Annual report on the working of the mental hospitals in the Madras Presidency - 1912-1932
Year: 1912
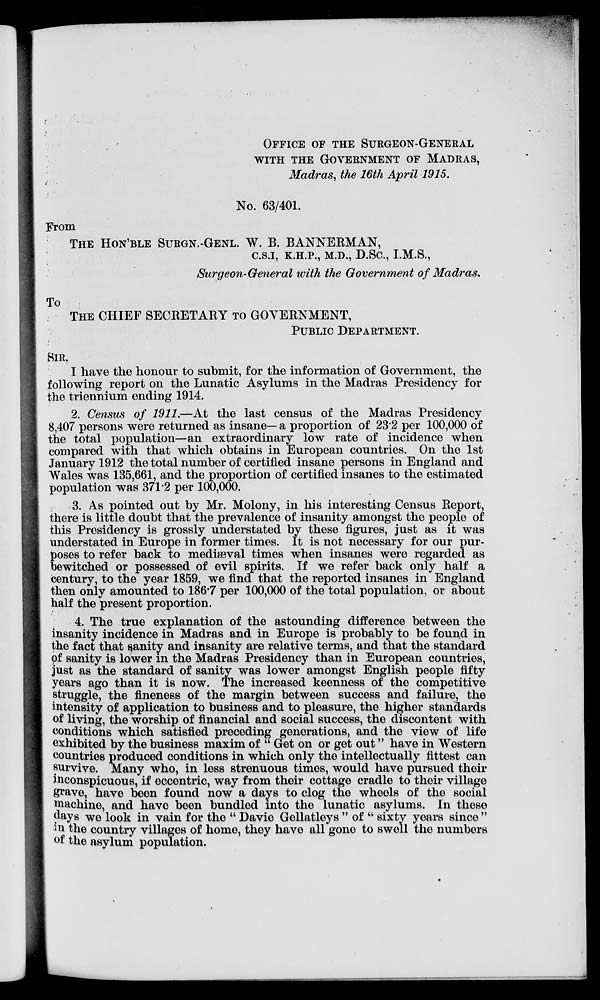
OFFICE OF THE SURGEON-GENERAL
WITH THE GOVERNMENT OF MADRAS,
Madras, the 16th April 1915.
No. 63/401.
From
To
THE HON'BLE SURGN.-GENL. W. B. BANNERMAN,
C.S.I, K.H.P., M.D., D.Sc, I.M.S.,
Surgeon-General with the Government of Madras,
THE CHIEF SECRETARY TO GOVERNMENT,
PUBLIC DEPARTMENT.
SIR,
I have the honour to submit, for the information of Government, the
following report on the Lunatic Asylums in the Madras Presidency for
the triennium ending 1914.
2. Census of 1911.—At the last census of the Madras Presidency
8,407 persons were returned as insane—a proportion of 232 per 100,000 of
the total population—an extraordinary low rate of incidence when
compared with that which obtains in European countries. On the 1st
January 1912 the total number of certified insane persons in England and
Wales was 135,661, and the proportion of certified insanes to the estimated
population was 371*2 per 100,000.
3. As pointed out by Mr. Molony, in his interesting Census Report,
there is little doubt that the prevalence of insanity amongst the people of
this Presidency is grossly understated by these figures, just as it was
understated in Europe in former times. It is not necessary for our pur-
poses to refer back to mediaeval times when insanes were regarded as
bewitched or possessed of evil spirits. If we refer back only half a
century, to the year 1859, we find that the reported insanes in England
then only amounted to 186*7 per 100,000 of the total population, or about
half the present proportion.
4. The true explanation of the astounding difference between the
insanity incidence in Madras and in Europe is probably to be found in
the fact that vanity and insanity are relative terms, and that the standard
pf sanity is lower in the Madras Presidency than in European countries,
just as the standard of sanity was lower amongst English people fifty
years ago than it is now. The increased keenness of the competitive
struggle, the fineness of the margin between success and failure, the
intensity of application to business and to pleasure, the higher standards
of living, the worship of financial and social success, the discontent with
conditions which satisfied preceding generations, and the view of life
exhibited by the business maxim of u Get on or get out" have in Western
countries produced conditions in which only the intellectually fittest can
survive. Many who, in less strenuous times, would have pursued their
inconspicuous, if eccentric, way from their cottage cradle to their village
grave, have been found now a days to clog the wheels of the social
machine, and have been bundled into the lunatic asylums. In these
days we look in vain for the " Davie Gellatleys " of " sixty years sinco "
m the country villages of home, they havo all gono to swoll the numbers
of the asylum population.